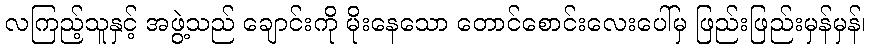
လကြည့်သူနှင့် အဖွဲ့သည် ချောင်းကို မိုးနေသော တောင်စောင်းလေးပေါ်မှ ဖြည်းဖြည်းမှန်မှန်၊